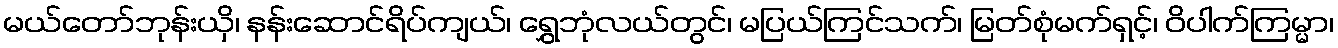
မယ်တော်ဘုန်းယှိ၊ နန်းဆောင်ရိပ်ကျယ်၊ ရွှေဘုံလယ်တွင်၊ မပြယ်ကြင်သက်၊ မြတ်စုံမက်ရှင့်၊ ဝိပါက်ကြမ္မာ၊